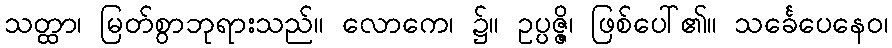
သတ္ထာ၊ မြတ်စွာဘုရားသည်။ လောကေ၊ ၌။ ဥပ္ပဇ္ဇိ၊ ဖြစ်ပေါ်၏။ သင်္ခေပေနေဝ၊